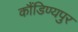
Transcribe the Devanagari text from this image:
कौंडिण्यपुर